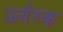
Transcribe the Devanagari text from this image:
ऊर्वरक